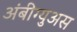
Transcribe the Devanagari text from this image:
अंबीग्युअस